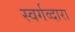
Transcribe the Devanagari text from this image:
स्वर्गव्दारा